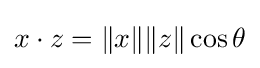
x\cdot z=\|x\|\|z\|\cos \theta